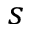
s